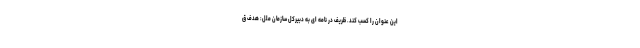
این عنوان را کسب کند. ظریف در نامه ای به دبیرکل سازمان ملل: هدف ق